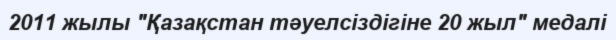
2011 жылы "Қазақстан тәуелсіздігіне 20 жыл" медалі